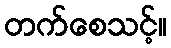
တက်စေသင့်။